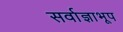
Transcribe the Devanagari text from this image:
सर्वाज्ञाभूप